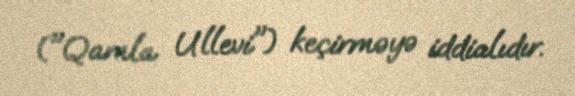
("Qamla Ullevi") keçirməyə iddialıdır.